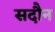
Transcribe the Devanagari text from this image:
सदौन